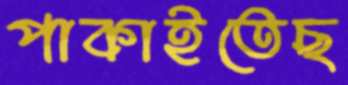
পাকাইতেছ